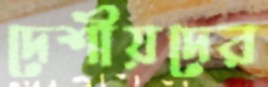
দেশীয়দের